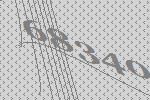
68340